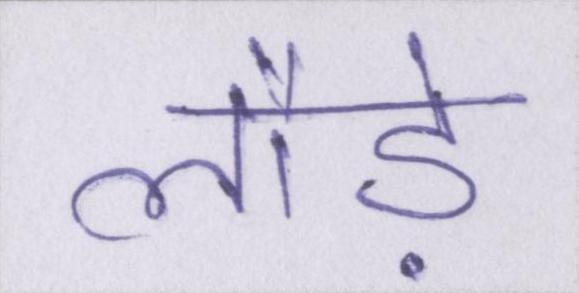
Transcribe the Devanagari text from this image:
लौड़े